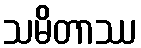
သမိတာဿ